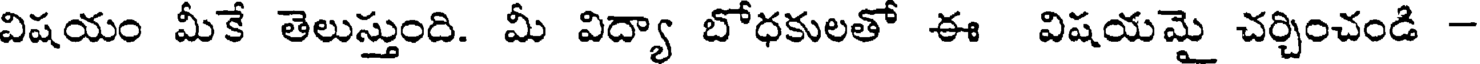
విషయం మీకే తెలుస్తుంది. మీ విద్యా బోధకులతో ఈ విషయమై చర్చించండి -